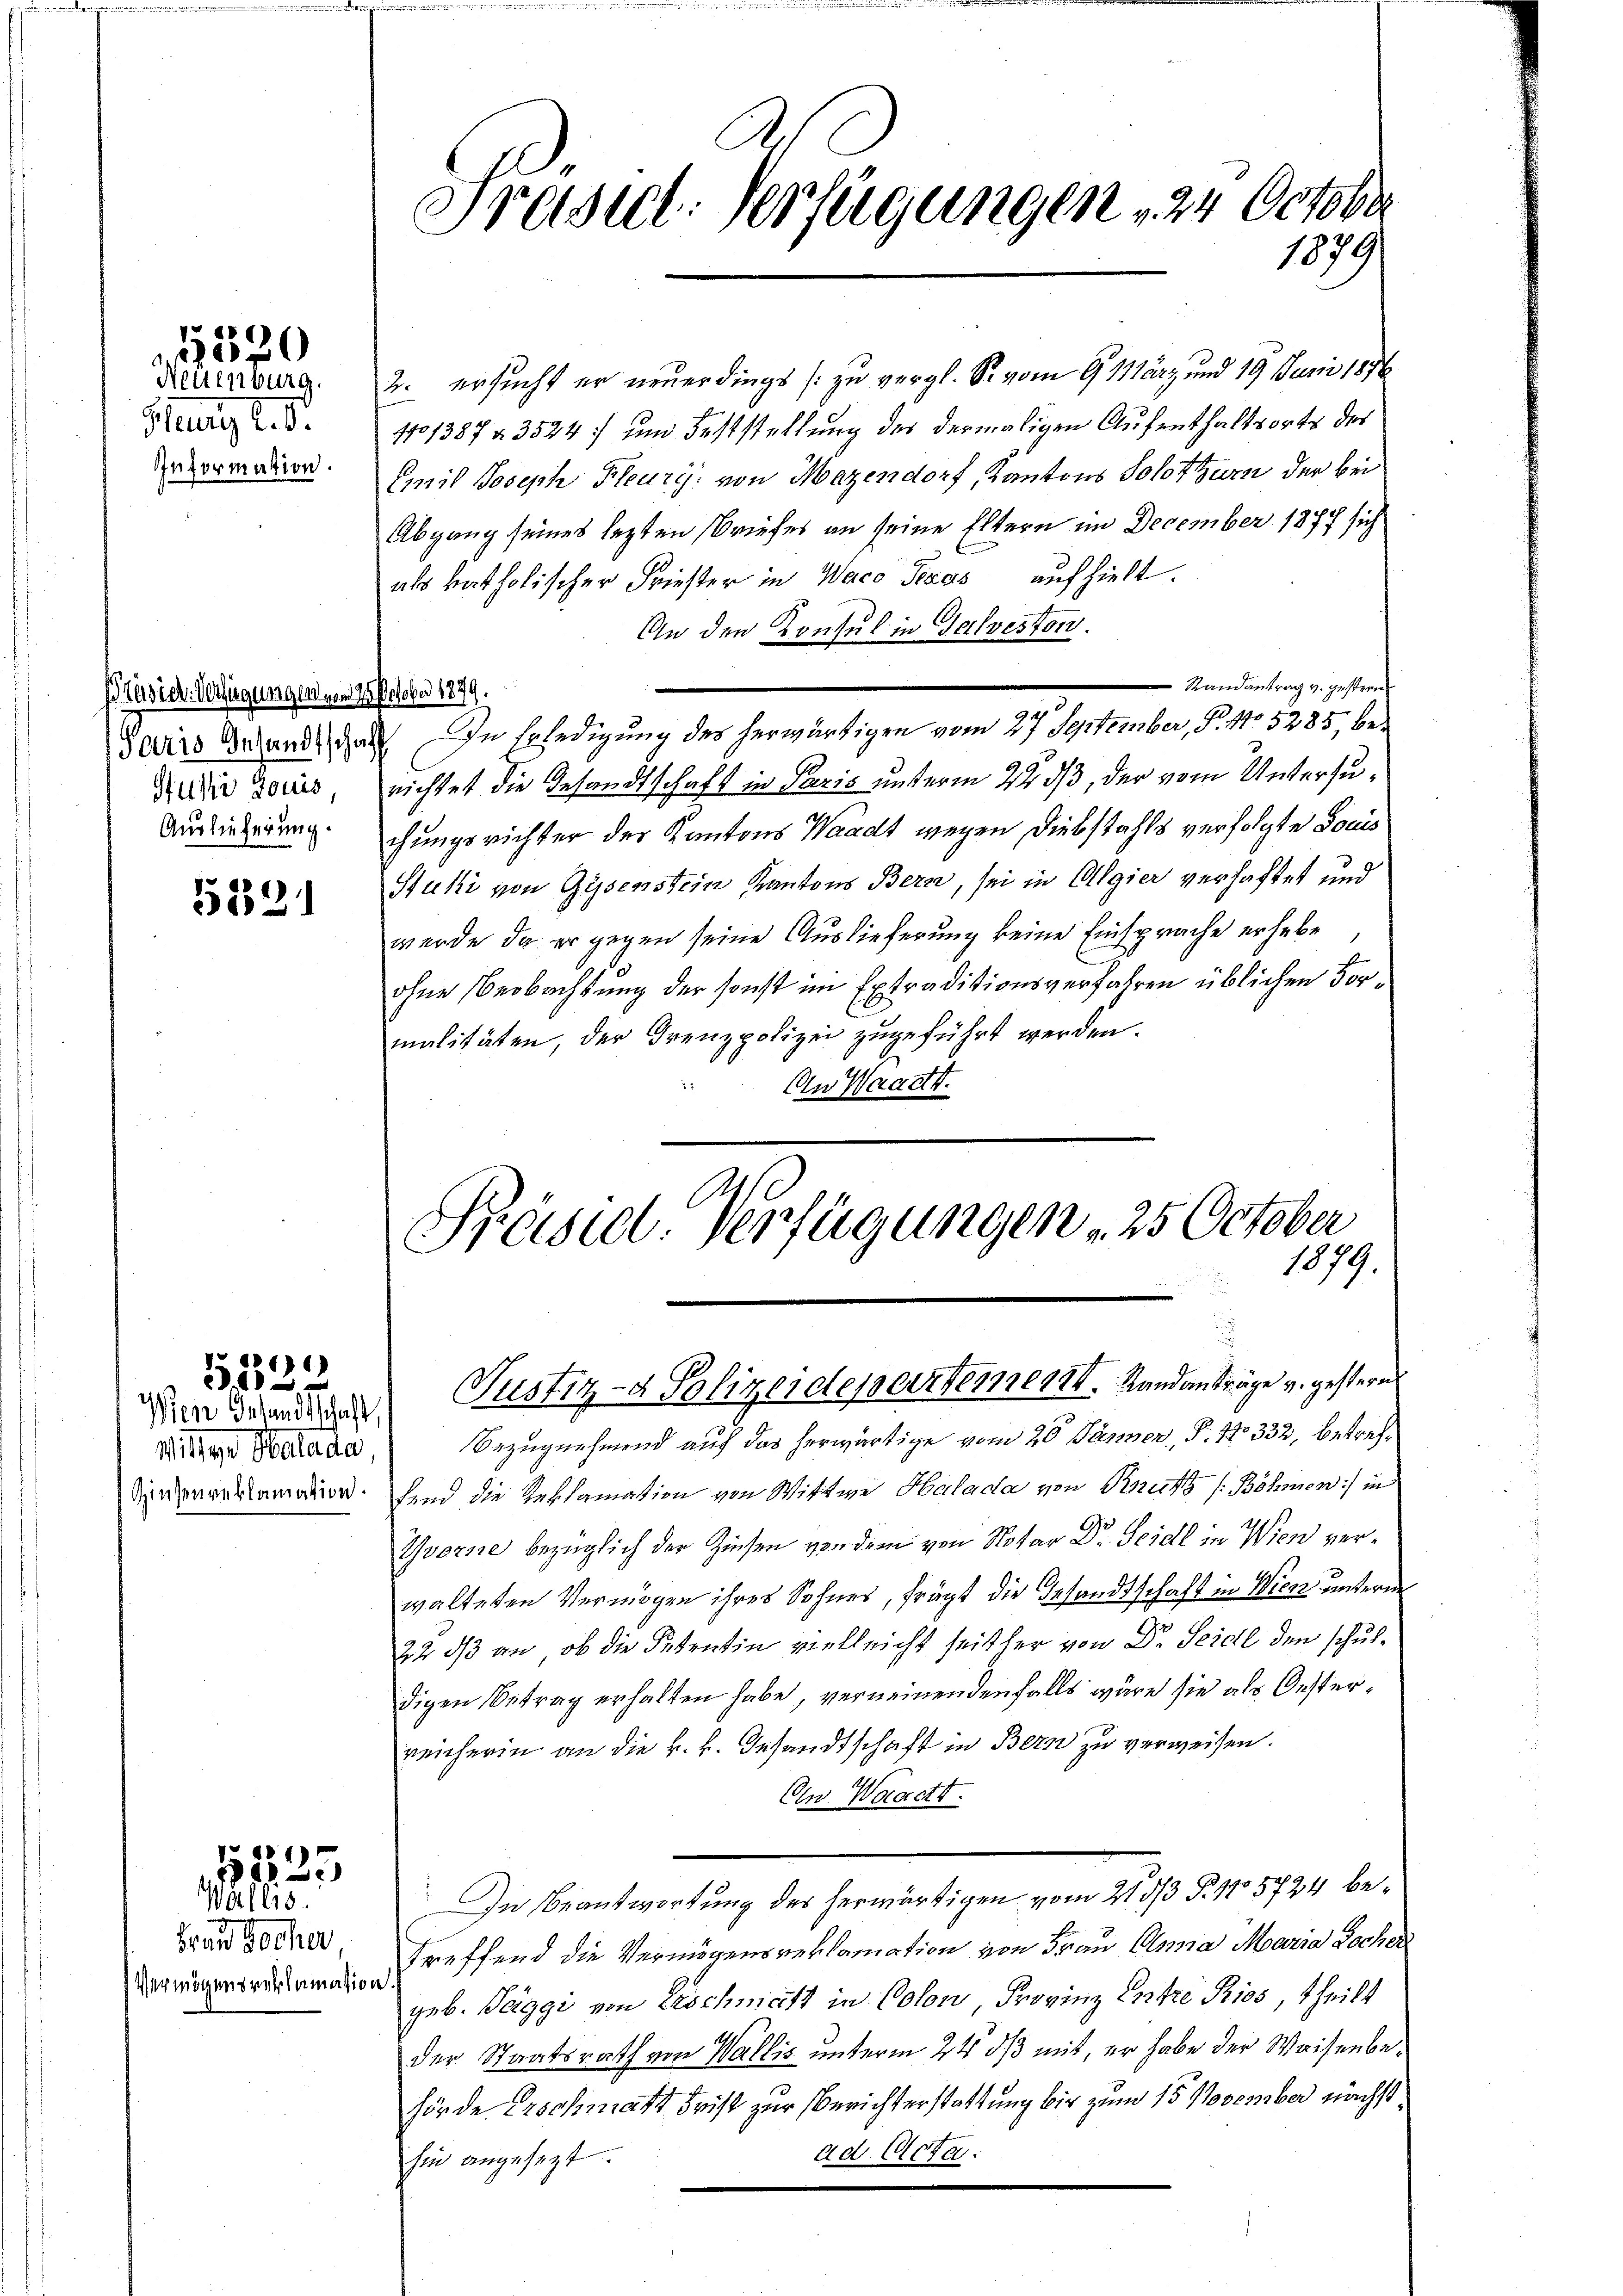
Neuenburg.
Heure 2. d.
Information.

155520

Präsid. Verfügungen um 7. October 1879.
Stusi Louis,
Auslieferung.

5291

Mitter Natada
Zinsenreklamation.

1216)
10

11223

Wallis.
Frau Wocher
Vermögensreklamation

2. ersucht er neuerdings zu vergl. S. vom 9. März und 19. Juni 1876
101387 u. 3524) und Feststellung des dermaligen Aufenthaltsorts des
Emil Joseph Flury von Mazendorf, Kantons Solothurn der bei
Abgang seines lezten Briefes an seine Eltern im December 1877 sich
als katholischer Friester in Waco Texas aufhielt.
An den Konsul in Salveston.
Randantrag v. gestren
Sediis behande das In Erledigung des herwärtigen vom 27 September, S. 110 5285, berichtet die Gesandtschaft in Paris unterm 22. ds, der vom Untersuchungsrichter der Kantons Waadt wegen Diebstahls verfolgte Socis
Stuki von Gysenstein Kantons Bern, sei in Algier verhaftet und
werde, da er gegen seine Auslieferung keine Einsprache erhebe
ohne Beobachtung der sonst im Extraditionsverfahren üblichen Vormalitäten, der Grenzpolizei zugeführt werden.
An Waadt.

Präsid. Verfügungen zu October
1879

Päsil-Verfügungen 25 October
1879.
Dieen derenden Justiz- & Polizeidepartement. Landanträge v. gestern

Bezugnehmend auf das herwärtige vom 20. Jänner, P. 1332, betreffend die Reklamation von Wittwe Halada von Reutz (Böhmen) in
Yvorne bezüglich der Zinsen vor dem von Notar Dr. Seidl in Wien verwalteten Vermögen ihres Sohnes, frägt die Gesandtschaft in Wien unterm
22 dß an, ob die Petentin vielleicht seither von Dr. Seidl den schuldigen Betrag erhalten habe, verneinendenfalls wäre sie als Oesterreicherin an die k. k. Gesandtschaft in Bern zu verweisen.
Ein Waadt.
In Beantwortung des herwärtigen vom 21. ds P. 115724 betreffend die Vermögensreklamation von Frau Anna Maria Rocher
geb. Taggi von Erschmatt in Colon Provinz Entre Ries, theilt
der Staatsrath von Wallis unterm 2t dß mit, er habe der Waisenbehörde Erschmatt Frist zur Berichterstattung bis zum 15. November nächstad Acta.
hin angesezt.